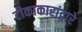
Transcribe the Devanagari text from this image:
टीकाकारांद्वारे